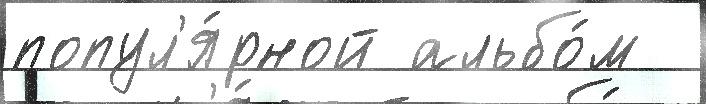
попул'я́рной альбо́м